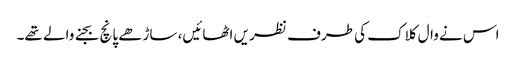
اس نے وال کلاک کی طرف نظر یں اٹھائیں، ساڑھے پانچ بجنے والے تھے۔